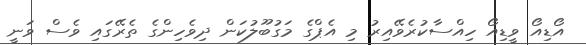
އޯޑިއޯ ވީޑިއޯ ހިއްސާކުރެވޭއިރު މި އެޕްގެ މަގުބޫލުކަން ދިވެހިންގެ ތެރޭގައި ވެސް ވަނީ